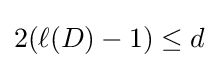
2(\ell (D)-1)\leq d